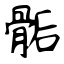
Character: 骺